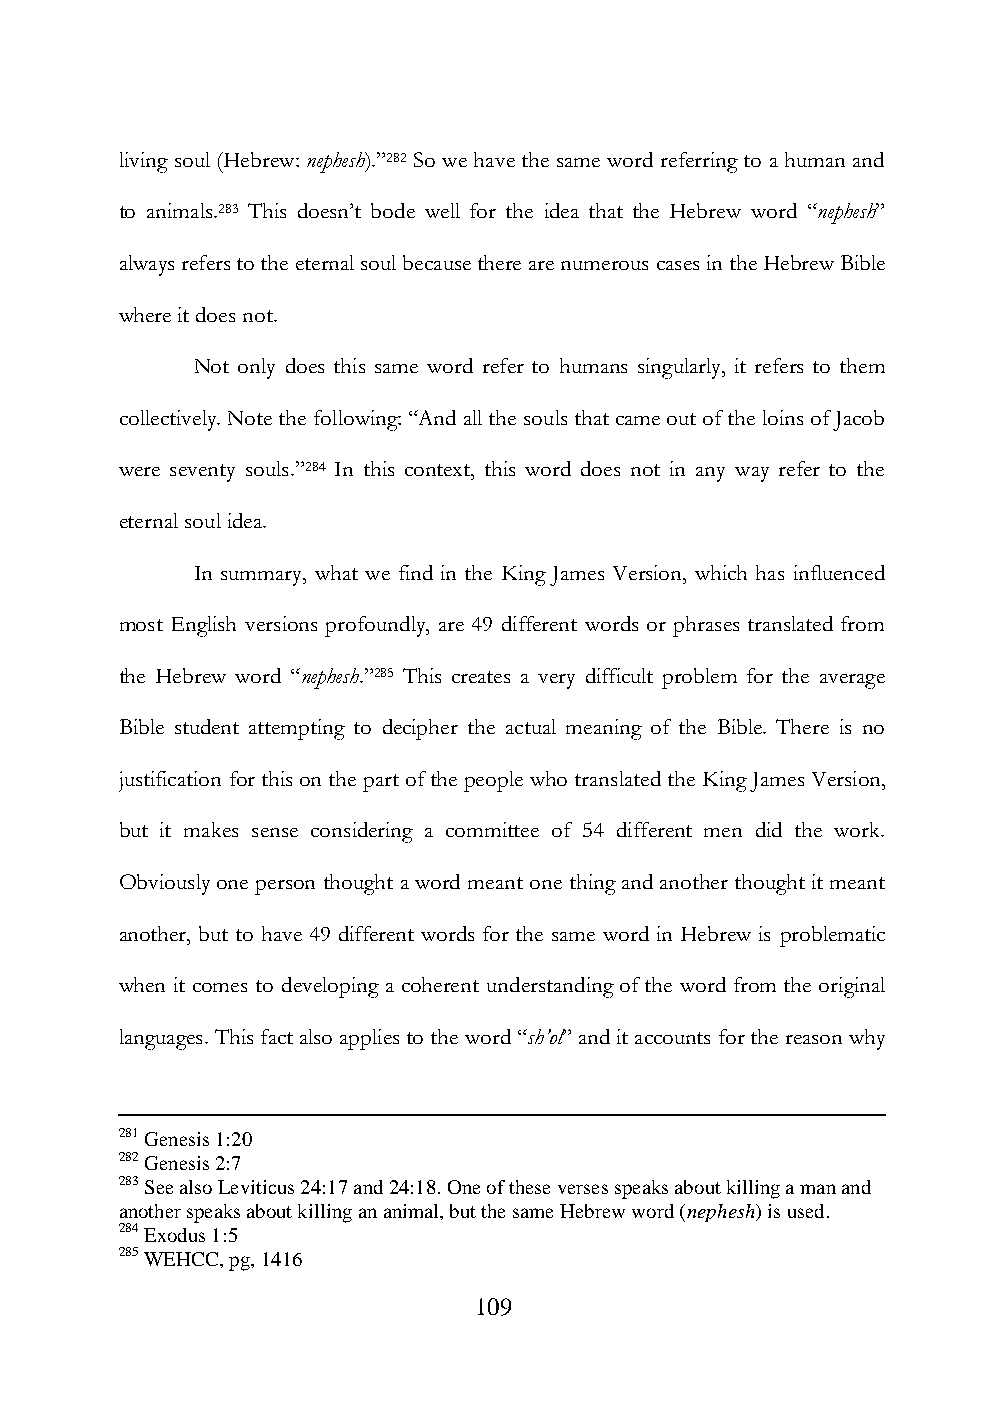
living soul (Hebrew: nephesh).”282 So we have the same word referring to a human and
 to animals.283 This doesn‟t bode well for the idea that the Hebrew word “nephesh”
 always refers to the eternal soul because there are numerous cases in the Hebrew Bible
 where it does not.
 Not only does this same word refer to humans singularly, it refers to them
 collectively. Note the following: “And all the souls that came out of the loins of Jacob
 were seventy souls.”284 In this context, this word does not in any way refer to the
 eternal soul idea.
 In summary, what we find in the King James Version, which has influenced
 most English versions profoundly, are 49 different words or phrases translated from
 the Hebrew word “nephesh.”285 This creates a very difficult problem for the average
 Bible student attempting to decipher the actual meaning of the Bible. There is no
 justification for this on the part of the people who translated the King James Version,
 but it makes sense considering a committee of 54 different men did the work.
 Obviously one person thought a word meant one thing and another thought it meant
 another, but to have 49 different words for the same word in Hebrew is problematic
 when it comes to developing a coherent understanding of the word from the original
 languages. This fact also applies to the word “sh’ol” and it accounts for the reason why
 281 Genesis 1:20
 282 Genesis 2:7
 283 See also Leviticus 24:17 and 24:18. One of these verses speaks about killing a man and
 another speaks about killing an animal, but the same Hebrew word (nephesh) is used.
 284 Exodus 1:5
 285 WEHCC, pg, 1416
 109